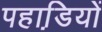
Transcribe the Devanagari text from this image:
पहाडि़यों